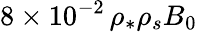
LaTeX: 8\times 10^{-2}\, \rho_{*}\rho_{s}B_{0}